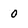
Character: 0